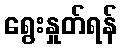
ရွေးနှုတ်ရန်